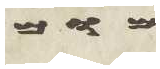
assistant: מום